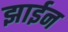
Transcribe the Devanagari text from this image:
झाईन